Vaccine operations Central Provinces & Berar 1922-1929 - 1922-1929
Year: 1922
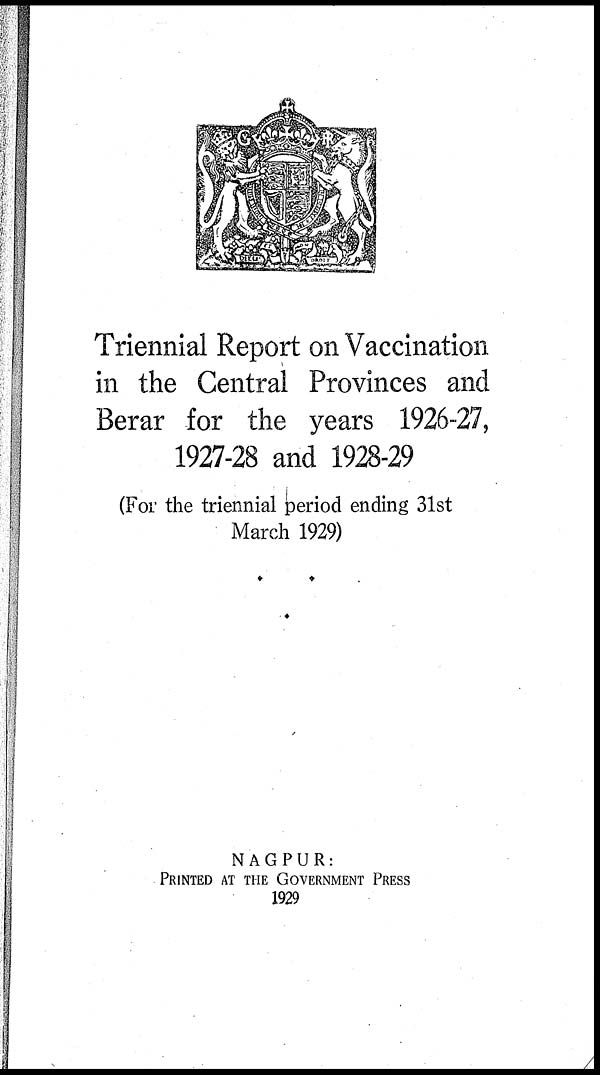
Triennial Report on Vaccination
in the Central Provinces and
Berar for the years 1926-27,
1927-28 and 1928-29
(For the triennial period ending 31st
March 1929)
NAGPUR:
PRINTED AT THE GOVERNMENT PRESS
1929